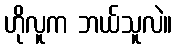
ဟိုလူက ဘယ်သူလဲ။